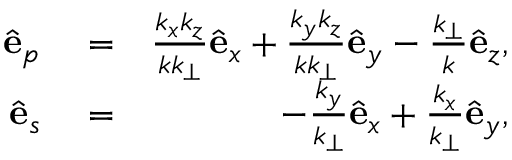
\begin{array} { r l r } { \hat { \bf e } _ { p } } & { { } = } & { \frac { k _ { x } k _ { z } } { k k _ { \perp } } \hat { \bf e } _ { x } + \frac { k _ { y } k _ { z } } { k k _ { \perp } } \hat { \bf e } _ { y } - \frac { k _ { \perp } } { k } \hat { \bf e } _ { z } , } \\ { \hat { \bf e } _ { s } } & { { } = } & { - \frac { k _ { y } } { k _ { \perp } } \hat { \bf e } _ { x } + \frac { k _ { x } } { k _ { \perp } } \hat { \bf e } _ { y } , } \end{array}